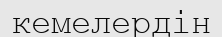
кемелердін